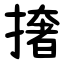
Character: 撦